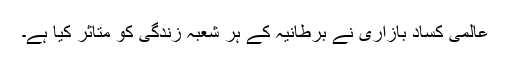
عالمی کساد بازاری نے برطانیہ کے ہر شعبۂ زندگی کو متاثر کیا ہے۔